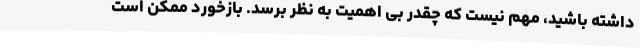
داشته باشید، مهم نیست که چقدر بی اهمیت به نظر برسد. بازخورد ممکن است